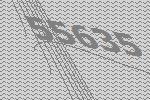
55635